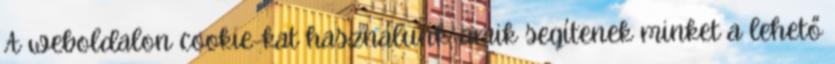
A weboldalon cookie-kat használunk, amik segítenek minket a lehető